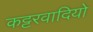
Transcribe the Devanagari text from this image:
कट्टरवादियो